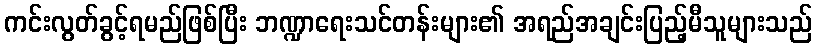
ကင်းလွတ်ခွင့်ရမည်ဖြစ်ပြီး ဘဏ္ဍာရေးသင်တန်းများ၏ အရည်အချင်းပြည့်မီသူများသည်